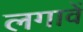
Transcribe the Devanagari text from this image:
लगावें